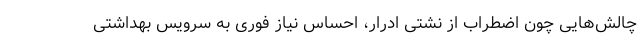
چالش‌هایی چون اضطراب از نشتی ادرار، احساس نیاز فوری به سرویس بهداشتی